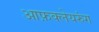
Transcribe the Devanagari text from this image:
आफ़क्लेयरुंग